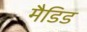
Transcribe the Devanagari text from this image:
मैडिड